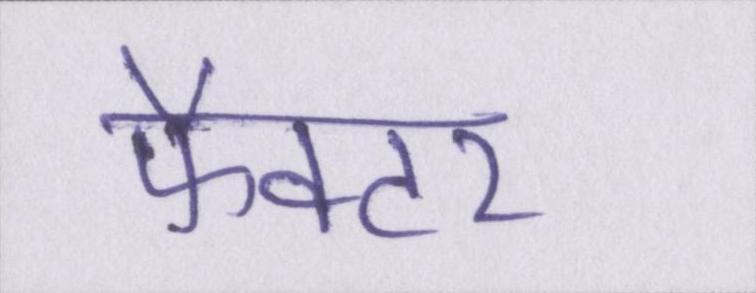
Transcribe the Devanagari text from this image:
फैक्टर